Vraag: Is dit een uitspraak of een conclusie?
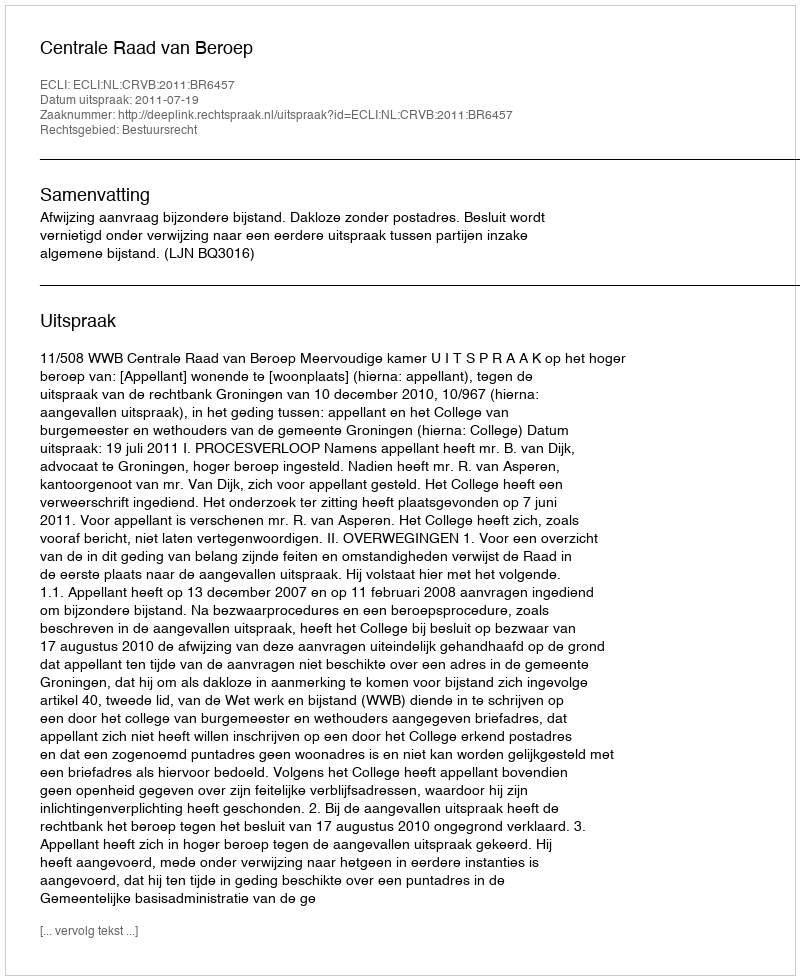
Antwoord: Uitspraak